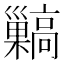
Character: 𩫥